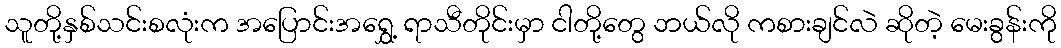
သူတို့နှစ်သင်းစလုံးက အပြောင်းအရွှေ့ ရာသီတိုင်းမှာ ငါတို့တွေ ဘယ်လို ကစားချင်လဲ ဆိုတဲ့ မေးခွန်းကို